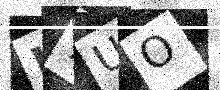
Text: L7UO